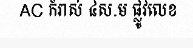
AC កំរាស់ ៤ស.ម ផ្លូវលេខ